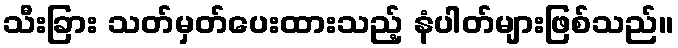
သီးခြား သတ်မှတ်ပေးထားသည့် နံပါတ်များဖြစ်သည်။